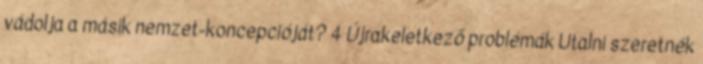
vádolja a másik nemzet-koncepcióját? 4 Újrakeletkező problémák Utalni szeretnék